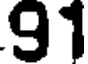
91